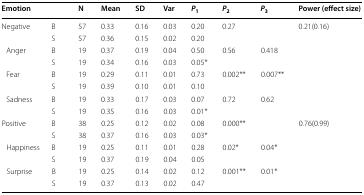
<table><thead><tr><td><b>Emotion</b></td><td></td><td><b>N</b></td><td><b>Mean</b></td><td><b>SD</b></td><td><b>Var</b></td><td><b><i>P</i><sub>1</sub></b></td><td><b><i>P</i><sub>2</sub></b></td><td><b><i>P</i><sub>3</sub></b></td><td><b>Power (effect size)</b></td></tr></thead><tbody><tr><td rowspan="2">Negative</td><td>B</td><td>57</td><td>0.33</td><td>0.16</td><td>0.03</td><td>0.20</td><td>0.27</td><td></td><td rowspan="8">0.21(0.16)</td></tr><tr><td>S</td><td>57</td><td>0.36</td><td>0.15</td><td>0.02</td><td>0.20</td><td></td><td></td></tr><tr><td rowspan="2"> Anger</td><td>B</td><td>19</td><td>0.37</td><td>0.19</td><td>0.04</td><td>0.50</td><td>0.56</td><td>0.418</td></tr><tr><td>S</td><td>19</td><td>0.34</td><td>0.16</td><td>0.03</td><td>0.05*</td><td></td><td></td></tr><tr><td rowspan="2"> Fear</td><td>B</td><td>19</td><td>0.29</td><td>0.11</td><td>0.01</td><td>0.73</td><td>0.002**</td><td>0.007**</td></tr><tr><td>S</td><td>19</td><td>0.39</td><td>0.10</td><td>0.01</td><td>0.10</td><td></td><td></td></tr><tr><td rowspan="2"> Sadness</td><td>B</td><td>19</td><td>0.33</td><td>0.17</td><td>0.03</td><td>0.07</td><td>0.72</td><td>0.62</td></tr><tr><td>S</td><td>19</td><td>0.35</td><td>0.16</td><td>0.03</td><td>0.01*</td><td></td><td></td></tr><tr><td rowspan="2">Positive</td><td>B</td><td>38</td><td>0.25</td><td>0.12</td><td>0.02</td><td>0.08</td><td>0.000**</td><td></td><td rowspan="6">0.76(0.99)</td></tr><tr><td>S</td><td>38</td><td>0.37</td><td>0.16</td><td>0.03</td><td>0.03*</td><td></td><td></td></tr><tr><td rowspan="2"> Happiness</td><td>B</td><td>19</td><td>0.25</td><td>0.11</td><td>0.01</td><td>0.28</td><td>0.02*</td><td>0.04*</td></tr><tr><td>S</td><td>19</td><td>0.37</td><td>0.19</td><td>0.04</td><td>0.05</td><td></td><td></td></tr><tr><td rowspan="2"> Surprise</td><td>B</td><td>19</td><td>0.25</td><td>0.14</td><td>0.02</td><td>0.12</td><td>0.001**</td><td>0.01*</td></tr><tr><td>S</td><td>19</td><td>0.37</td><td>0.13</td><td>0.02</td><td>0.47</td><td></td><td></td></tr></tbody></table>